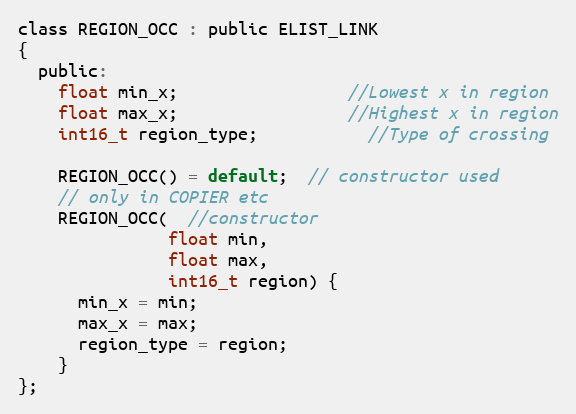
Language: C
class REGION_OCC : public ELIST_LINK
{
  public:
    float min_x;                 //Lowest x in region
    float max_x;                 //Highest x in region
    int16_t region_type;           //Type of crossing

    REGION_OCC() = default;  // constructor used
    // only in COPIER etc
    REGION_OCC(  //constructor
               float min,
               float max,
               int16_t region) {
      min_x = min;
      max_x = max;
      region_type = region;
    }
};